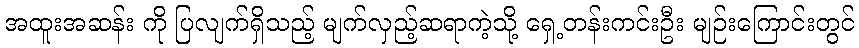
အထူးအဆန်း ကို ပြလျက်ရှိသည့် မျက်လှည့်ဆရာကဲ့သို့ ရှေ့တန်းကင်းဦး မျဉ်းကြောင်းတွင်